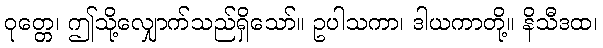
ဝုတ္တေ၊ ဤသို့လျှောက်သည်ရှိသော်။ ဥပါသကာ၊ ဒါယကာတို့။ နိသီဒထ၊